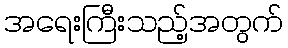
အရေးကြီးသည့်အတွက်